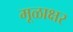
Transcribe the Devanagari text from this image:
मूळाक्षर